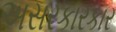
અસરકારકાર